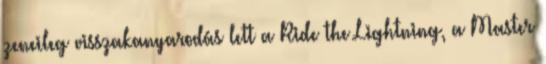
zeneileg visszakanyarodás lett a Ride the Lightning, a Master